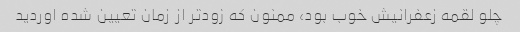
چلو لقمه زعفرانیش خوب بود، ممنون که زودتر از زمان تعیین شده اوردید